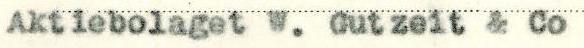
Aktiebolaget W. Gutzeit & Co